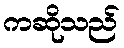
ကဆိုသည်